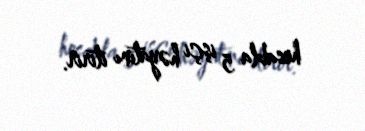
hesabla 5 işçi həyatını itirir.